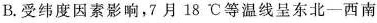
B.受纬度因素影响，7月18℃等温线呈东北-西南